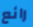
رائع